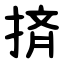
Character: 㨈